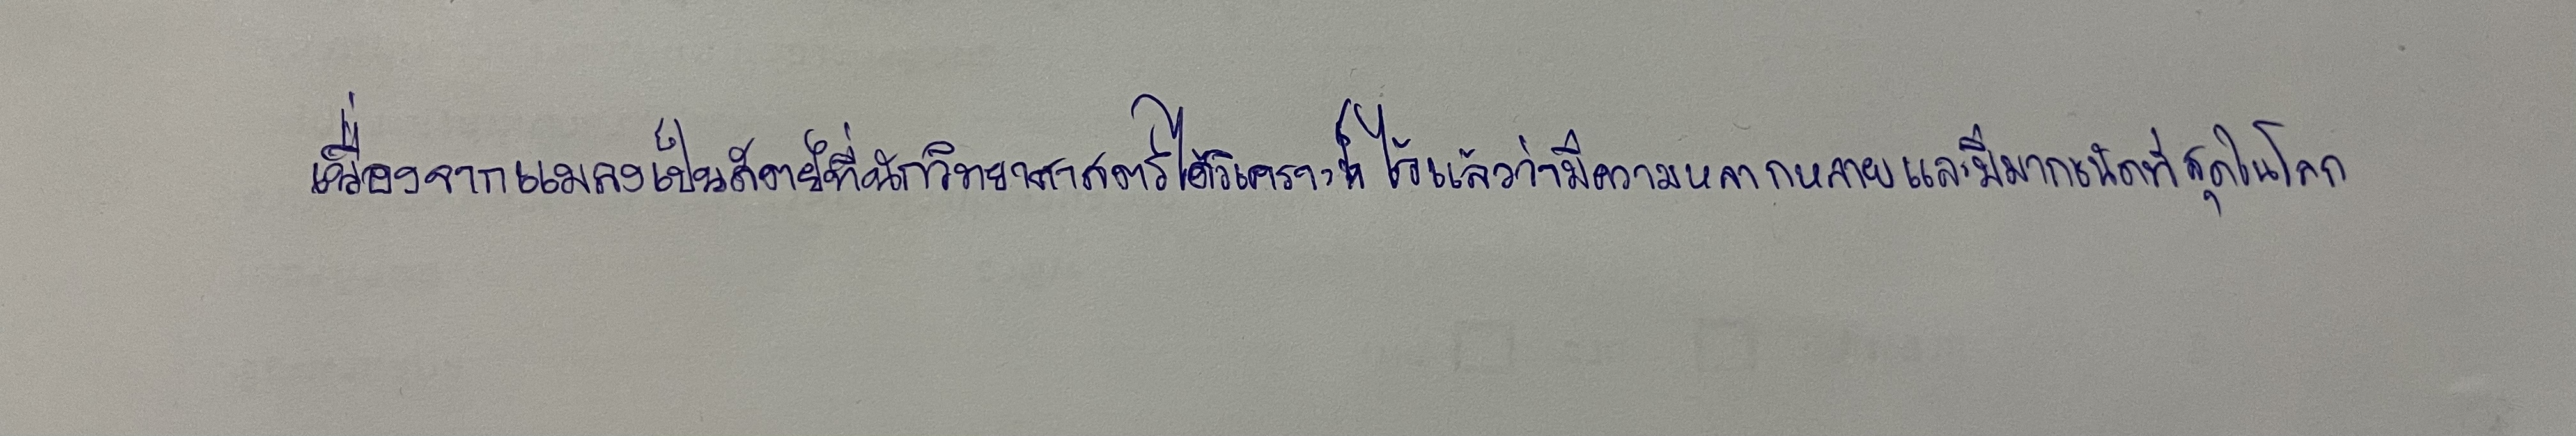
เนื่องจากแมลงเป็นสัตว์ที่นักวิทยาศาสตร์ได้วิเคราะห์ไว้แล้วว่ามีความหลากหลายและมีมากชนิดที่สุดในโลก